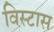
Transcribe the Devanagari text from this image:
विस्टास